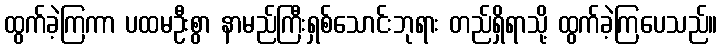
ထွက်ခဲ့ကြကာ ပထမဦးစွာ နာမည်ကြီးရှစ်သောင်းဘုရား တည်ရှိရာသို့ ထွက်ခဲ့ကြပေသည်။